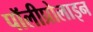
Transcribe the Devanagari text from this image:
पॉलीप्रोलाइन